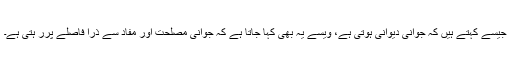
جیسے کہتے ہیں کہ جوانی دیوانی ہوتی ہے، ویسے یہ بھی کہا جاتا ہے کہ جوانی مصلحت اور مفاد سے ذرا فاصلے پرر ہتی ہے۔